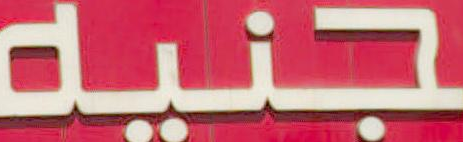
جنيه